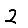
Digit: 2